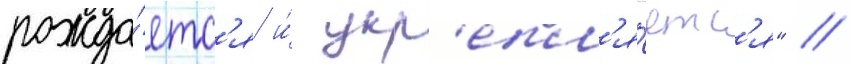
рожда́етс'я и́ укр'епл'я́етс'я" //